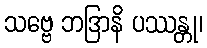
သဗ္ဗေ ဘဒြာနိ ပဿန္တု၊